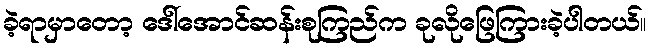
ခဲ့ရာမှာတော့ ဒေါ်အောင်ဆန်းစုကြည်က ခုလိုဖြေကြားခဲ့ပါတယ်။